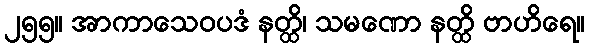
၂၅၅။ အာကာသေဝပဒံ နတ္ထိ၊ သမဏော နတ္ထိ ဗာဟိရေ။